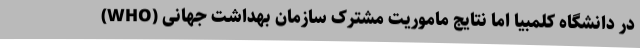
در دانشگاه کلمبیا اما نتایج ماموریت مشترک سازمان بهداشت جهانی (WHO)